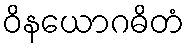
ဝိနယောဂဓိတံ